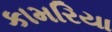
કામરિયા